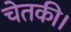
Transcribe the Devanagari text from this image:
चेतकी।